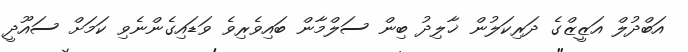
އަބްދުލް އަޒީޒްގެ ދަރިކަލުން ޚާލިދު ބިން ސަލްމާން ބައިވެރިވެ ވަޑައިގެންނެވި ކަމަށް ސައޫދީ